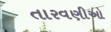
તારવણીઓ